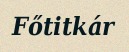
Főtitkár